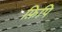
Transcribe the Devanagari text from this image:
फ़िपि